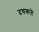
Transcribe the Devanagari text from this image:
दचकते